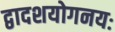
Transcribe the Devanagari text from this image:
द्वादशयोगनयः